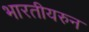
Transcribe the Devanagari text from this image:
भारतीयरुन